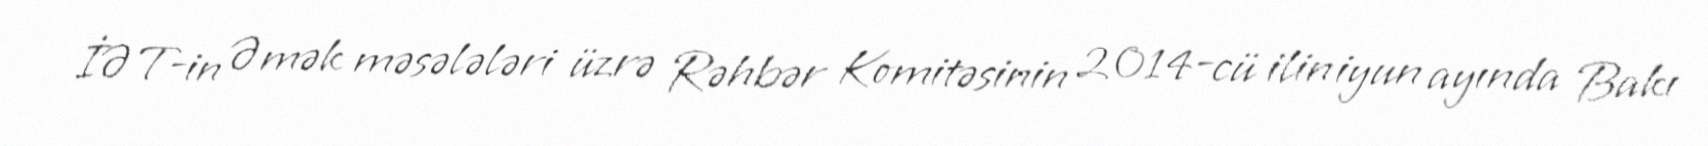
İƏT-in Əmək məsələləri üzrə Rəhbər Komitəsinin 2014-cü ilin iyun ayında Bakı